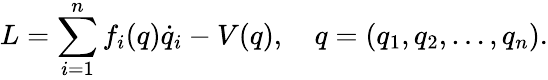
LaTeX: L=\sum_{i=1}^{n}f_{i}(q)\dot{q}_{i}-V(q),\quad q=(q_{1},q_{2},\ldots,q_{n}){.}